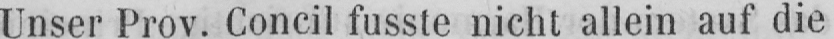
Unser Prov. Concil fusste nicht allein auf die